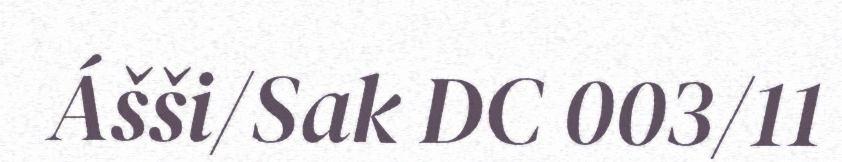
Ášši/Sak DC 003/11